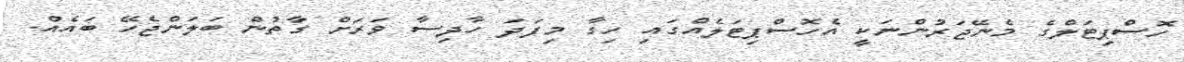
ހޮސްޕިޓަލްގެ މެނޭޖަރުންނަކީ އެހޮސްޕިޓަލެއްގައި ހިގާ މިފަދަ ހާދިސާ ވަރަށް ގާތުން ބަލަންޖެހޭ ބައެއް.